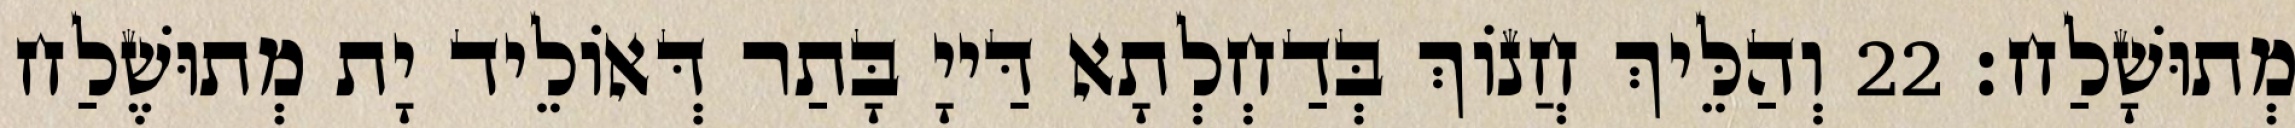
מְתוּשָׁלַח׃ 22 וְהַלֵּיךְ חֲנוֹךְ בְּדַחְלְתָא דַּייָ בָּתַר דְּאוֹלֵיד יָת מְתוּשֶׁלַח